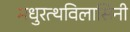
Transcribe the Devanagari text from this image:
मधुरत्थविलासिनी